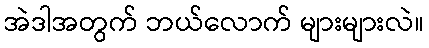
အဲဒါအတွက် ဘယ်လောက် များများလဲ။